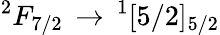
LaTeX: ^{2}F_{7/2}\, \rightarrow\, ^{1}[5/2]_{5/2}